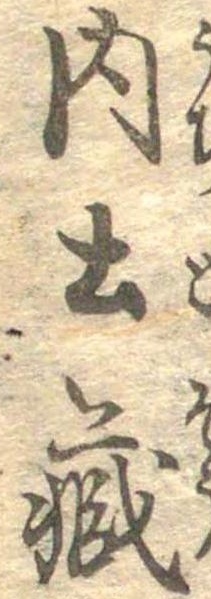
内土蔵